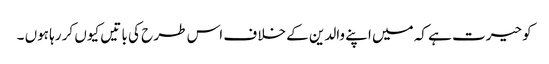
کو حیرت ہے کہ میں اپنے والدین کے خلا ف اس طر ح کی با تیں کیوں کر رہا ہوں ۔